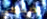
إضغطي